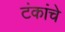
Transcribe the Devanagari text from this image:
टंकांचे